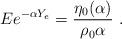
LaTeX: \begin{align*}Ee^{-\alpha Y_e}=\frac{\eta_0(\alpha)}{\rho_0\alpha}\ .\end{align*}